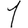
Digit: 1